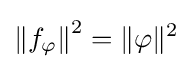
\left\|f_{\varphi }\right\|^{2}=\|\varphi \|^{2}